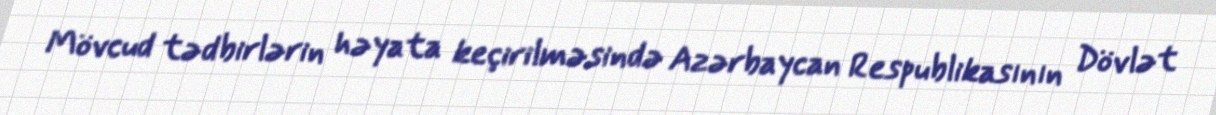
Mövcud tədbirlərin həyata keçirilməsində Azərbaycan Respublikasının Dövlət